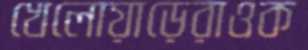
খেলোয়াড়েরাওক